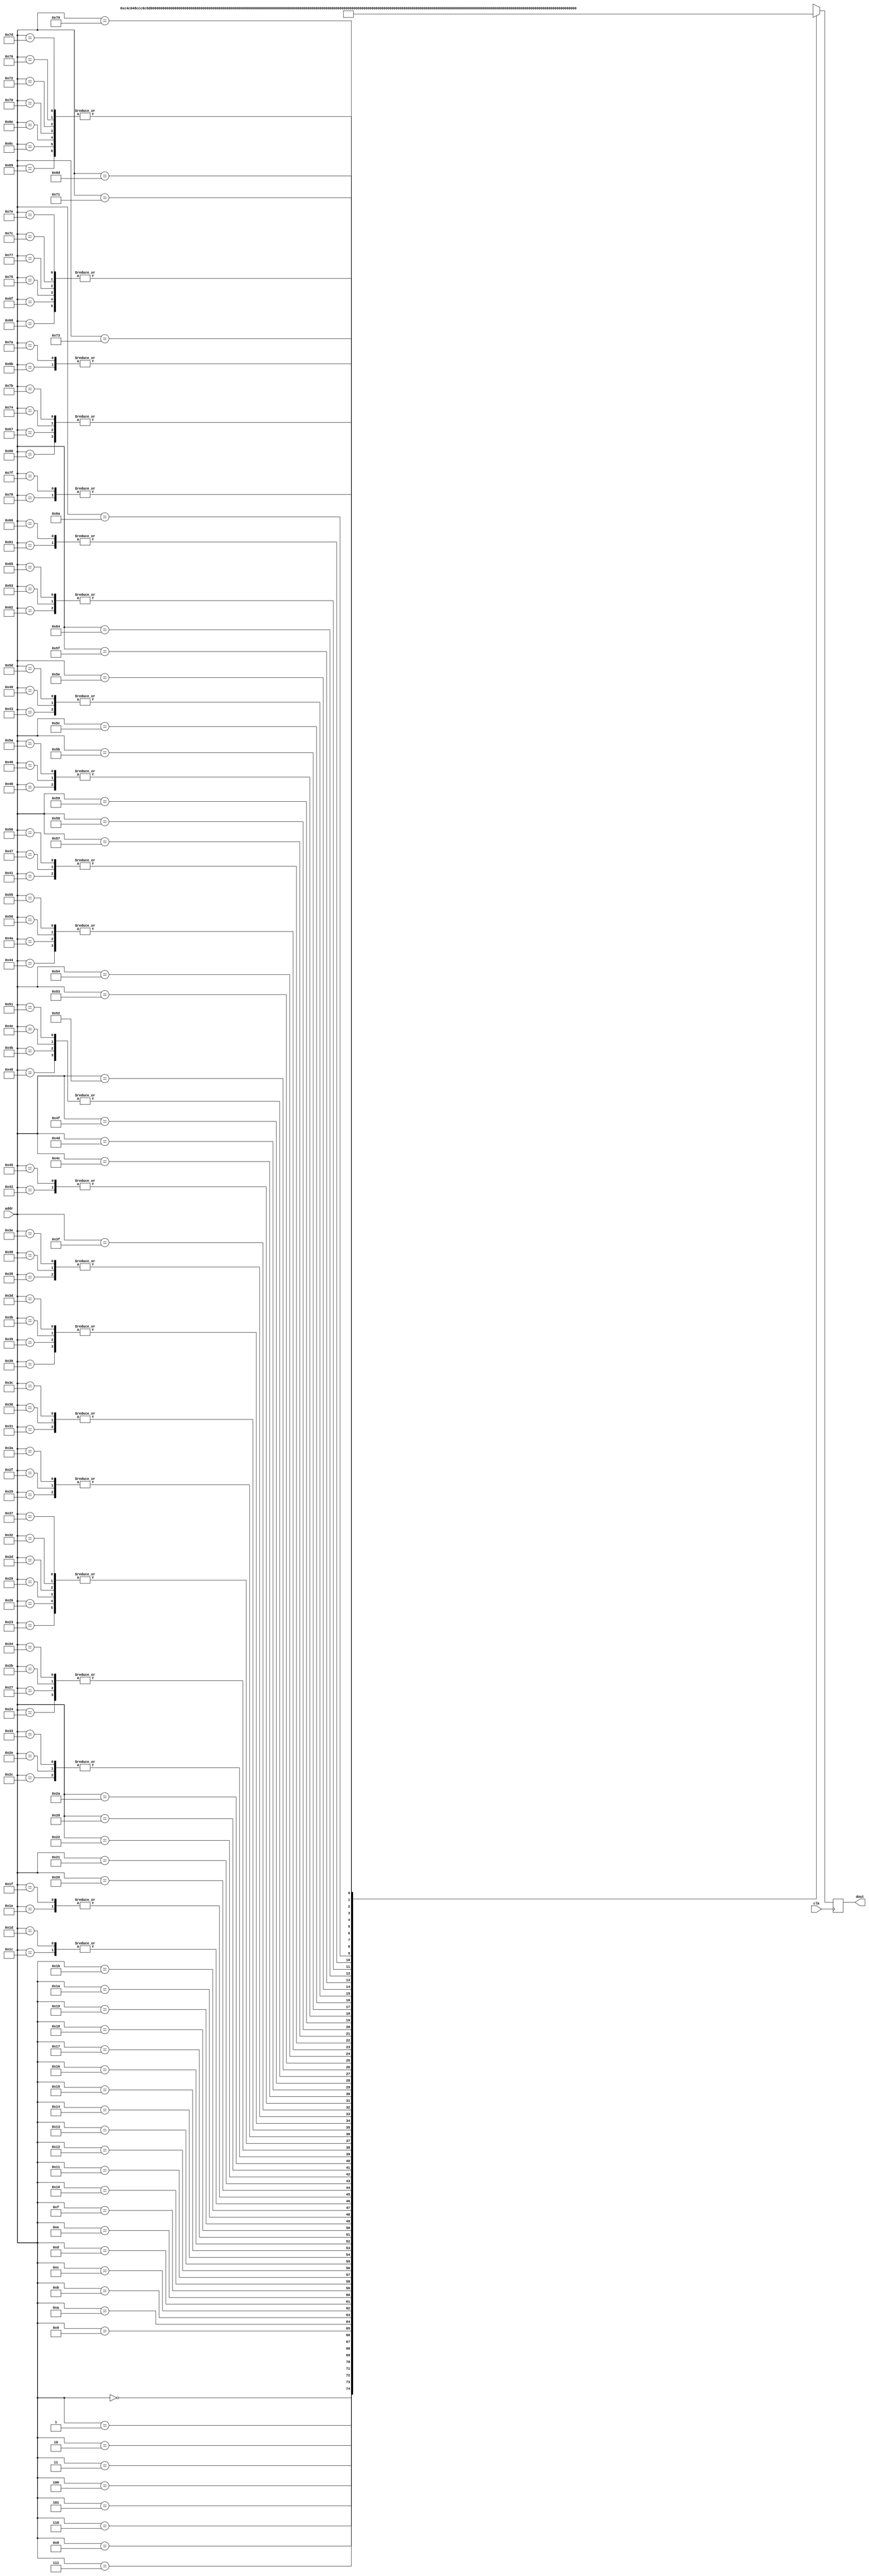
//	How to use:	
//	1. Edit the songs on the Enter Song sheet.	
// 	2. Select this whole worksheet, copy it, and paste it into a new file.	
//	3. Save the file as song_rom.v.	







module song_rom (		
	clk	,
	dout	,
	addr	
	);	

	input clk;						
	output [11:0] dout;						
	input [6:0] addr;						

	wire [11:0] memory [127:0];						
	reg [11:0] dout;						

	always @(posedge clk)						
		dout = memory[addr];					


	assign memory[	0	] =	{6'd49, 6'd12}	;	// Note:	5A
	assign memory[	1	] =	{6'd1, 6'd8}	;	// Note:	1A
	assign memory[	2	] =	{6'd51, 6'd12}	;	// Note:	5B
	assign memory[	3	] =	{6'd3, 6'd8}	;	// Note:	1B
	assign memory[	4	] =	{6'd52, 6'd12}	;	// Note:	5C
	assign memory[	5	] =	{6'd4, 6'd8}	;	// Note:	1C
	assign memory[	6	] =	{6'd54, 6'd12}	;	// Note:	5D
	assign memory[	7	] =	{6'd6, 6'd8}	;	// Note:	1D
	assign memory[	8	] =	{6'd56, 6'd12}	;	// Note:	5E
	assign memory[	9	] =	{6'd8, 6'd8}	;	// Note:	1E
	assign memory[	10	] =	{6'd57, 6'd12}	;	// Note:	5F
	assign memory[	11	] =	{6'd9, 6'd8}	;	// Note:	1F
	assign memory[	12	] =	{6'd59, 6'd12}	;	// Note:	5G
	assign memory[	13	] =	{6'd11, 6'd8}	;	// Note:	1G
	assign memory[	14	] =	{6'd13, 6'd12}	;	// Note:	2A
	assign memory[	15	] =	{6'd25, 6'd8}	;	// Note:	3A
	assign memory[	16	] =	{6'd15, 6'd12}	;	// Note:	2B
	assign memory[	17	] =	{6'd27, 6'd8}	;	// Note:	3B
	assign memory[	18	] =	{6'd16, 6'd12}	;	// Note:	2C
	assign memory[	19	] =	{6'd28, 6'd8}	;	// Note:	3C
	assign memory[	20	] =	{6'd18, 6'd12}	;	// Note:	2D
	assign memory[	21	] =	{6'd30, 6'd8}	;	// Note:	3D
	assign memory[	22	] =	{6'd20, 6'd12}	;	// Note:	2E
	assign memory[	23	] =	{6'd32, 6'd8}	;	// Note:	3E
	assign memory[	24	] =	{6'd21, 6'd12}	;	// Note:	2F
	assign memory[	25	] =	{6'd33, 6'd8}	;	// Note:	3F
	assign memory[	26	] =	{6'd23, 6'd12}	;	// Note:	2G
	assign memory[	27	] =	{6'd35, 6'd8}	;	// Note:	3G
	assign memory[	28	] =	{6'd37, 6'd0}	;	// Note:	4A
	assign memory[	29	] =	{6'd37, 6'd0}	;	// Note:	4A
	assign memory[	30	] =	{6'd0, 6'd0}	;	// Note:	rest
	assign memory[	31	] =	{6'd0, 6'd0}	;	// Note:	rest

	assign memory[	32	] =	{6'd35, 6'd36}	;	// Note:	3G
	assign memory[	33	] =	{6'd42, 6'd36}	;	// Note:	4D
	assign memory[	34	] =	{6'd38, 6'd54}	;	// Note:	4A#Bb
	assign memory[	35	] =	{6'd37, 6'd18}	;	// Note:	4A
	assign memory[	36	] =	{6'd35, 6'd18}	;	// Note:	3G
	assign memory[	37	] =	{6'd38, 6'd18}	;	// Note:	4A#Bb
	assign memory[	38	] =	{6'd37, 6'd18}	;	// Note:	4A
	assign memory[	39	] =	{6'd35, 6'd18}	;	// Note:	3G
	assign memory[	40	] =	{6'd34, 6'd18}	;	// Note:	3F#Gb
	assign memory[	41	] =	{6'd37, 6'd18}	;	// Note:	4A
	assign memory[	42	] =	{6'd30, 6'd36}	;	// Note:	3D
	assign memory[	43	] =	{6'd35, 6'd18}	;	// Note:	3G
	assign memory[	44	] =	{6'd30, 6'd18}	;	// Note:	3D
	assign memory[	45	] =	{6'd37, 6'd18}	;	// Note:	4A
	assign memory[	46	] =	{6'd30, 6'd18}	;	// Note:	3D
	assign memory[	47	] =	{6'd38, 6'd18}	;	// Note:	4A#Bb
	assign memory[	48	] =	{6'd37, 6'd9}	;	// Note:	4A
	assign memory[	49	] =	{6'd35, 6'd9}	;	// Note:	3G
	assign memory[	50	] =	{6'd37, 6'd18}	;	// Note:	4A
	assign memory[	51	] =	{6'd30, 6'd18}	;	// Note:	3D
	assign memory[	52	] =	{6'd35, 6'd18}	;	// Note:	3G
	assign memory[	53	] =	{6'd30, 6'd9}	;	// Note:	3D
	assign memory[	54	] =	{6'd35, 6'd9}	;	// Note:	3G
	assign memory[	55	] =	{6'd37, 6'd18}	;	// Note:	4A
	assign memory[	56	] =	{6'd30, 6'd9}	;	// Note:	3D
	assign memory[	57	] =	{6'd37, 6'd9}	;	// Note:	4A
	assign memory[	58	] =	{6'd38, 6'd18}	;	// Note:	4A#Bb
	assign memory[	59	] =	{6'd37, 6'd9}	;	// Note:	4A
	assign memory[	60	] =	{6'd35, 6'd9}	;	// Note:	3G
	assign memory[	61	] =	{6'd37, 6'd9}	;	// Note:	4A
	assign memory[	62	] =	{6'd30, 6'd9}	;	// Note:	3D
	assign memory[	63	] =	{6'd42, 6'd9}	;	// Note:	4D
	
	assign memory[	64	] =	{6'd43, 6'd6}	;	// Note:	4D#Eb
	assign memory[	65	] =	{6'd44, 6'd8}	;	// Note:	4E
	assign memory[	66	] =	{6'd0, 6'd34}	;	// Note:	rest
	assign memory[	67	] =	{6'd46, 6'd6}	;	// Note:	4F#Gb
	assign memory[	68	] =	{6'd47, 6'd8}	;	// Note:	4G
	assign memory[	69	] =	{6'd0, 6'd34}	;	// Note:	rest
	assign memory[	70	] =	{6'd43, 6'd6}	;	// Note:	4D#Eb
	assign memory[	71	] =	{6'd44, 6'd8}	;	// Note:	4E
	assign memory[	72	] =	{6'd0, 6'd10}	;	// Note:	rest
	assign memory[	73	] =	{6'd46, 6'd6}	;	// Note:	4F#Gb
	assign memory[	74	] =	{6'd47, 6'd8}	;	// Note:	4G
	assign memory[	75	] =	{6'd0, 6'd10}	;	// Note:	rest
	assign memory[	76	] =	{6'd52, 6'd6}	;	// Note:	5C
	assign memory[	77	] =	{6'd51, 6'd8}	;	// Note:	5B
	assign memory[	78	] =	{6'd0, 6'd10}	;	// Note:	rest
	assign memory[	79	] =	{6'd44, 6'd6}	;	// Note:	4E
	assign memory[	80	] =	{6'd47, 6'd8}	;	// Note:	4G
	assign memory[	81	] =	{6'd0, 6'd10}	;	// Note:	rest
	assign memory[	82	] =	{6'd51, 6'd6}	;	// Note:	5B
	assign memory[	83	] =	{6'd50, 6'd56}	;	// Note:	5A#Bb
	assign memory[	84	] =	{6'd49, 6'd8}	;	// Note:	5A
	assign memory[	85	] =	{6'd47, 6'd8}	;	// Note:	4G
	assign memory[	86	] =	{6'd44, 6'd8}	;	// Note:	4E
	assign memory[	87	] =	{6'd42, 6'd8}	;	// Note:	4D
	assign memory[	88	] =	{6'd44, 6'd40}	;	// Note:	4E
	assign memory[	89	] =	{6'd0, 6'd60}	;	// Note:	rest
	assign memory[	90	] =	{6'd43, 6'd6}	;	// Note:	4D#Eb
	assign memory[	91	] =	{6'd44, 6'd14}	;	// Note:	4E
	assign memory[	92	] =	{6'd0, 6'd28}	;	// Note:	rest
	assign memory[	93	] =	{6'd46, 6'd6}	;	// Note:	4F#Gb
	assign memory[	94	] =	{6'd47, 6'd16}	;	// Note:	4G
	assign memory[	95	] =	{6'd0, 6'd26}	;	// Note:	rest

	assign memory[	96	] =	{6'd28, 6'd3}	;	// Note:	3C
	assign memory[	97	] =	{6'd30, 6'd3}	;	// Note:	3D
	assign memory[	98	] =	{6'd32, 6'd6}	;	// Note:	3E
	assign memory[	99	] =	{6'd32, 6'd6}	;	// Note:	3E
	assign memory[	100	] =	{6'd30, 6'd6}	;	// Note:	3D
	assign memory[	101	] =	{6'd32, 6'd6}	;	// Note:	3E
	assign memory[	102	] =	{6'd30, 6'd3}	;	// Note:	3D
	assign memory[	103	] =	{6'd28, 6'd3}	;	// Note:	3C
	assign memory[	104	] =	{6'd27, 6'd3}	;	// Note:	2B
	assign memory[	105	] =	{6'd25, 6'd3}	;	// Note:	2A
	assign memory[	106	] =	{6'd0, 6'd6}	;	// Note:	rest
	assign memory[	107	] =	{6'd20, 6'd3}	;	// Note:	2E
	assign memory[	108	] =	{6'd25, 6'd3}	;	// Note:	2A
	assign memory[	109	] =	{6'd23, 6'd6}	;	// Note:	2G
	assign memory[	110	] =	{6'd25, 6'd3}	;	// Note:	2A
	assign memory[	111	] =	{6'd27, 6'd3}	;	// Note:	2B
	assign memory[	112	] =	{6'd25, 6'd3}	;	// Note:	2A
	assign memory[	113	] =	{6'd23, 6'd3}	;	// Note:	2G
	assign memory[	114	] =	{6'd25, 6'd3}	;	// Note:	2A
	assign memory[	115	] =	{6'd0, 6'd12}	;	// Note:	rest
	assign memory[	116	] =	{6'd28, 6'd3}	;	// Note:	3C
	assign memory[	117	] =	{6'd27, 6'd3}	;	// Note:	2B
	assign memory[	118	] =	{6'd25, 6'd3}	;	// Note:	2A
	assign memory[	119	] =	{6'd27, 6'd3}	;	// Note:	2B
	assign memory[	120	] =	{6'd25, 6'd12}	;	// Note:	2A
	assign memory[	121	] =	{6'd0, 6'd21}	;	// Note:	rest
	assign memory[	122	] =	{6'd20, 6'd3}	;	// Note:	2E
	assign memory[	123	] =	{6'd28, 6'd3}	;	// Note:	3C
	assign memory[	124	] =	{6'd27, 6'd3}	;	// Note:	2B
	assign memory[	125	] =	{6'd25, 6'd3}	;	// Note:	2A
	assign memory[	126	] =	{6'd27, 6'd3}	;	// Note:	2B
	assign memory[	127	] =	{6'd25, 6'd12}	;	// Note:	2A
endmodule